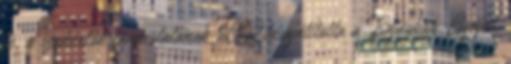
le, a szakértők tanácstalanok 9CR kisajátította a Bajnokok Ligáját,